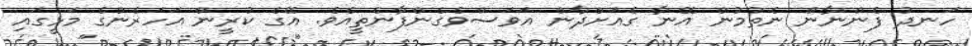
ހަނދު ފެންނާން ނެތުމުން އޭނާ ގެއަށްދާން އަވަސްވެގެންފާނެތީއެވެ. އޭގެ ކުރީން އަހަރެންގެ މަޅީގައި